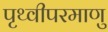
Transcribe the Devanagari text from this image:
पृथ्वीपरमाणु